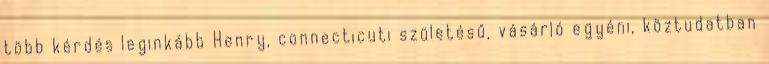
több kérdés leginkább Henry, connecticuti születésű, vásárló egyéni, köztudatban